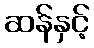
ဆန်နှင့်